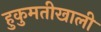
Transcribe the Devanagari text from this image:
हुकुमतीखाली